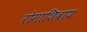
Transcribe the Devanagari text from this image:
रोगाशिवाय